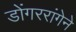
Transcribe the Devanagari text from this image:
डोंगररांगेने